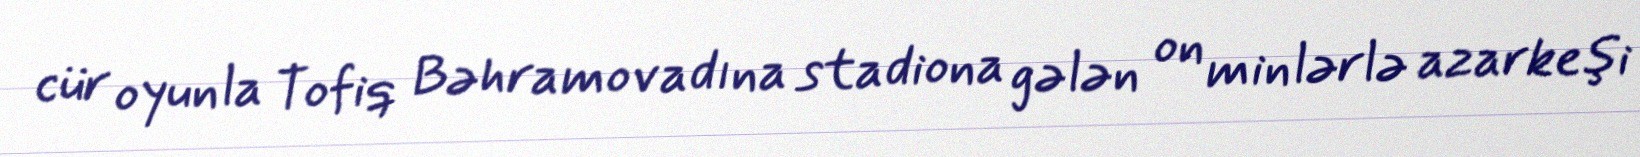
cür oyunla Tofiq Bəhramov adına stadiona gələn on minlərlə azarkeşi